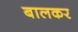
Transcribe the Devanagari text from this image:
बालकर